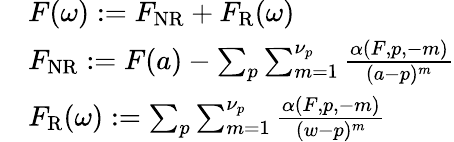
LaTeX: \begin{array}{r}{\begin{array}{rl}&{F(\omega):=F_{\mathrm{NR}}+F_{\mathrm{R}}(\omega)}\\ &{F_{\mathrm{NR}}:=F(a)-\sum_{p}\sum_{m=1}^{\nu_{p}}\frac{\alpha(F,p,-m)}{(a-p)^{m}}}\\ &{F_{\mathrm{R}}(\omega):=\sum_{p}\sum_{m=1}^{\nu_{p}}\frac{\alpha(F,p,-m)}{(w-p)^{m}}}\end{array}}\end{array}